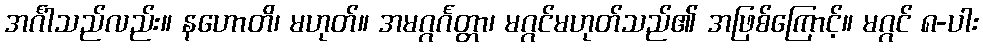
အင်္ဂါသည်လည်း။ နဟောတိ၊ မဟုတ်။ အမဂ္ဂင်္ဂတ္တာ၊ မဂ္ဂင်မဟုတ်သည်၏ အဖြစ်ကြောင့်။ မဂ္ဂင် ၈-ပါး